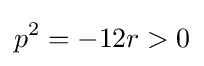
p^{2}=-12r>0